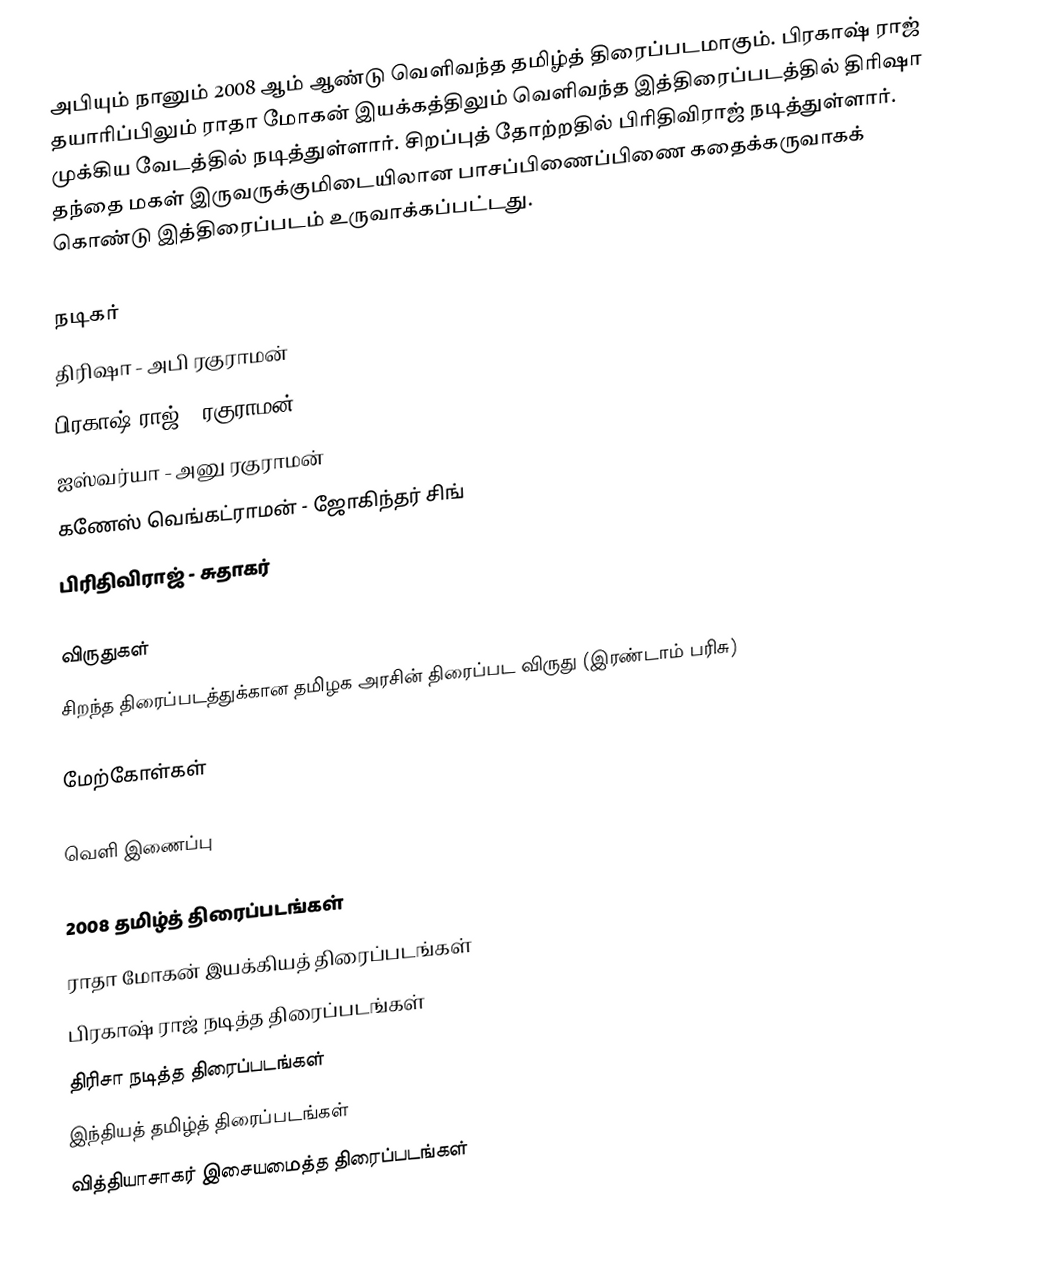
அபியும் நானும் 2008 ஆம் ஆண்டு வெளிவந்த தமிழ்த் திரைப்படமாகும். பிரகாஷ் ராஜ் தயாரிப்பிலும் ராதா மோகன் இயக்கத்திலும் வெளிவந்த இத்திரைப்படத்தில் திரிஷா முக்கிய வேடத்தில் நடித்துள்ளார். சிறப்புத் தோற்றதில் பிரிதிவிராஜ் நடித்துள்ளார். தந்தை மகள் இருவருக்குமிடையிலான பாசப்பிணைப்பிணை கதைக்கருவாகக் கொண்டு இத்திரைப்படம் உருவாக்கப்பட்டது.

நடிகர்
 திரிஷா - அபி ரகுராமன்
 பிரகாஷ் ராஜ் - ரகுராமன்
 ஐஸ்வர்யா -  அனு ரகுராமன்
 கணேஸ் வெங்கட்ராமன் -  ஜோகிந்தர் சிங்
 பிரிதிவிராஜ் -  சுதாகர்

விருதுகள்
 சிறந்த திரைப்படத்துக்கான தமிழக அரசின் திரைப்பட விருது (இரண்டாம் பரிசு)

மேற்கோள்கள்

வெளி இணைப்பு

2008 தமிழ்த் திரைப்படங்கள்
ராதா மோகன் இயக்கியத் திரைப்படங்கள்
பிரகாஷ் ராஜ் நடித்த திரைப்படங்கள்
திரிசா நடித்த திரைப்படங்கள்
இந்தியத் தமிழ்த் திரைப்படங்கள்
வித்தியாசாகர் இசையமைத்த திரைப்படங்கள்